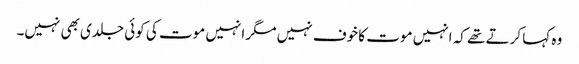
وہ کہا کرتے تھے کہ انہیں موت کا خوف نہیں مگر انہیں موت کی کوئی جلدی بھی نہیں۔